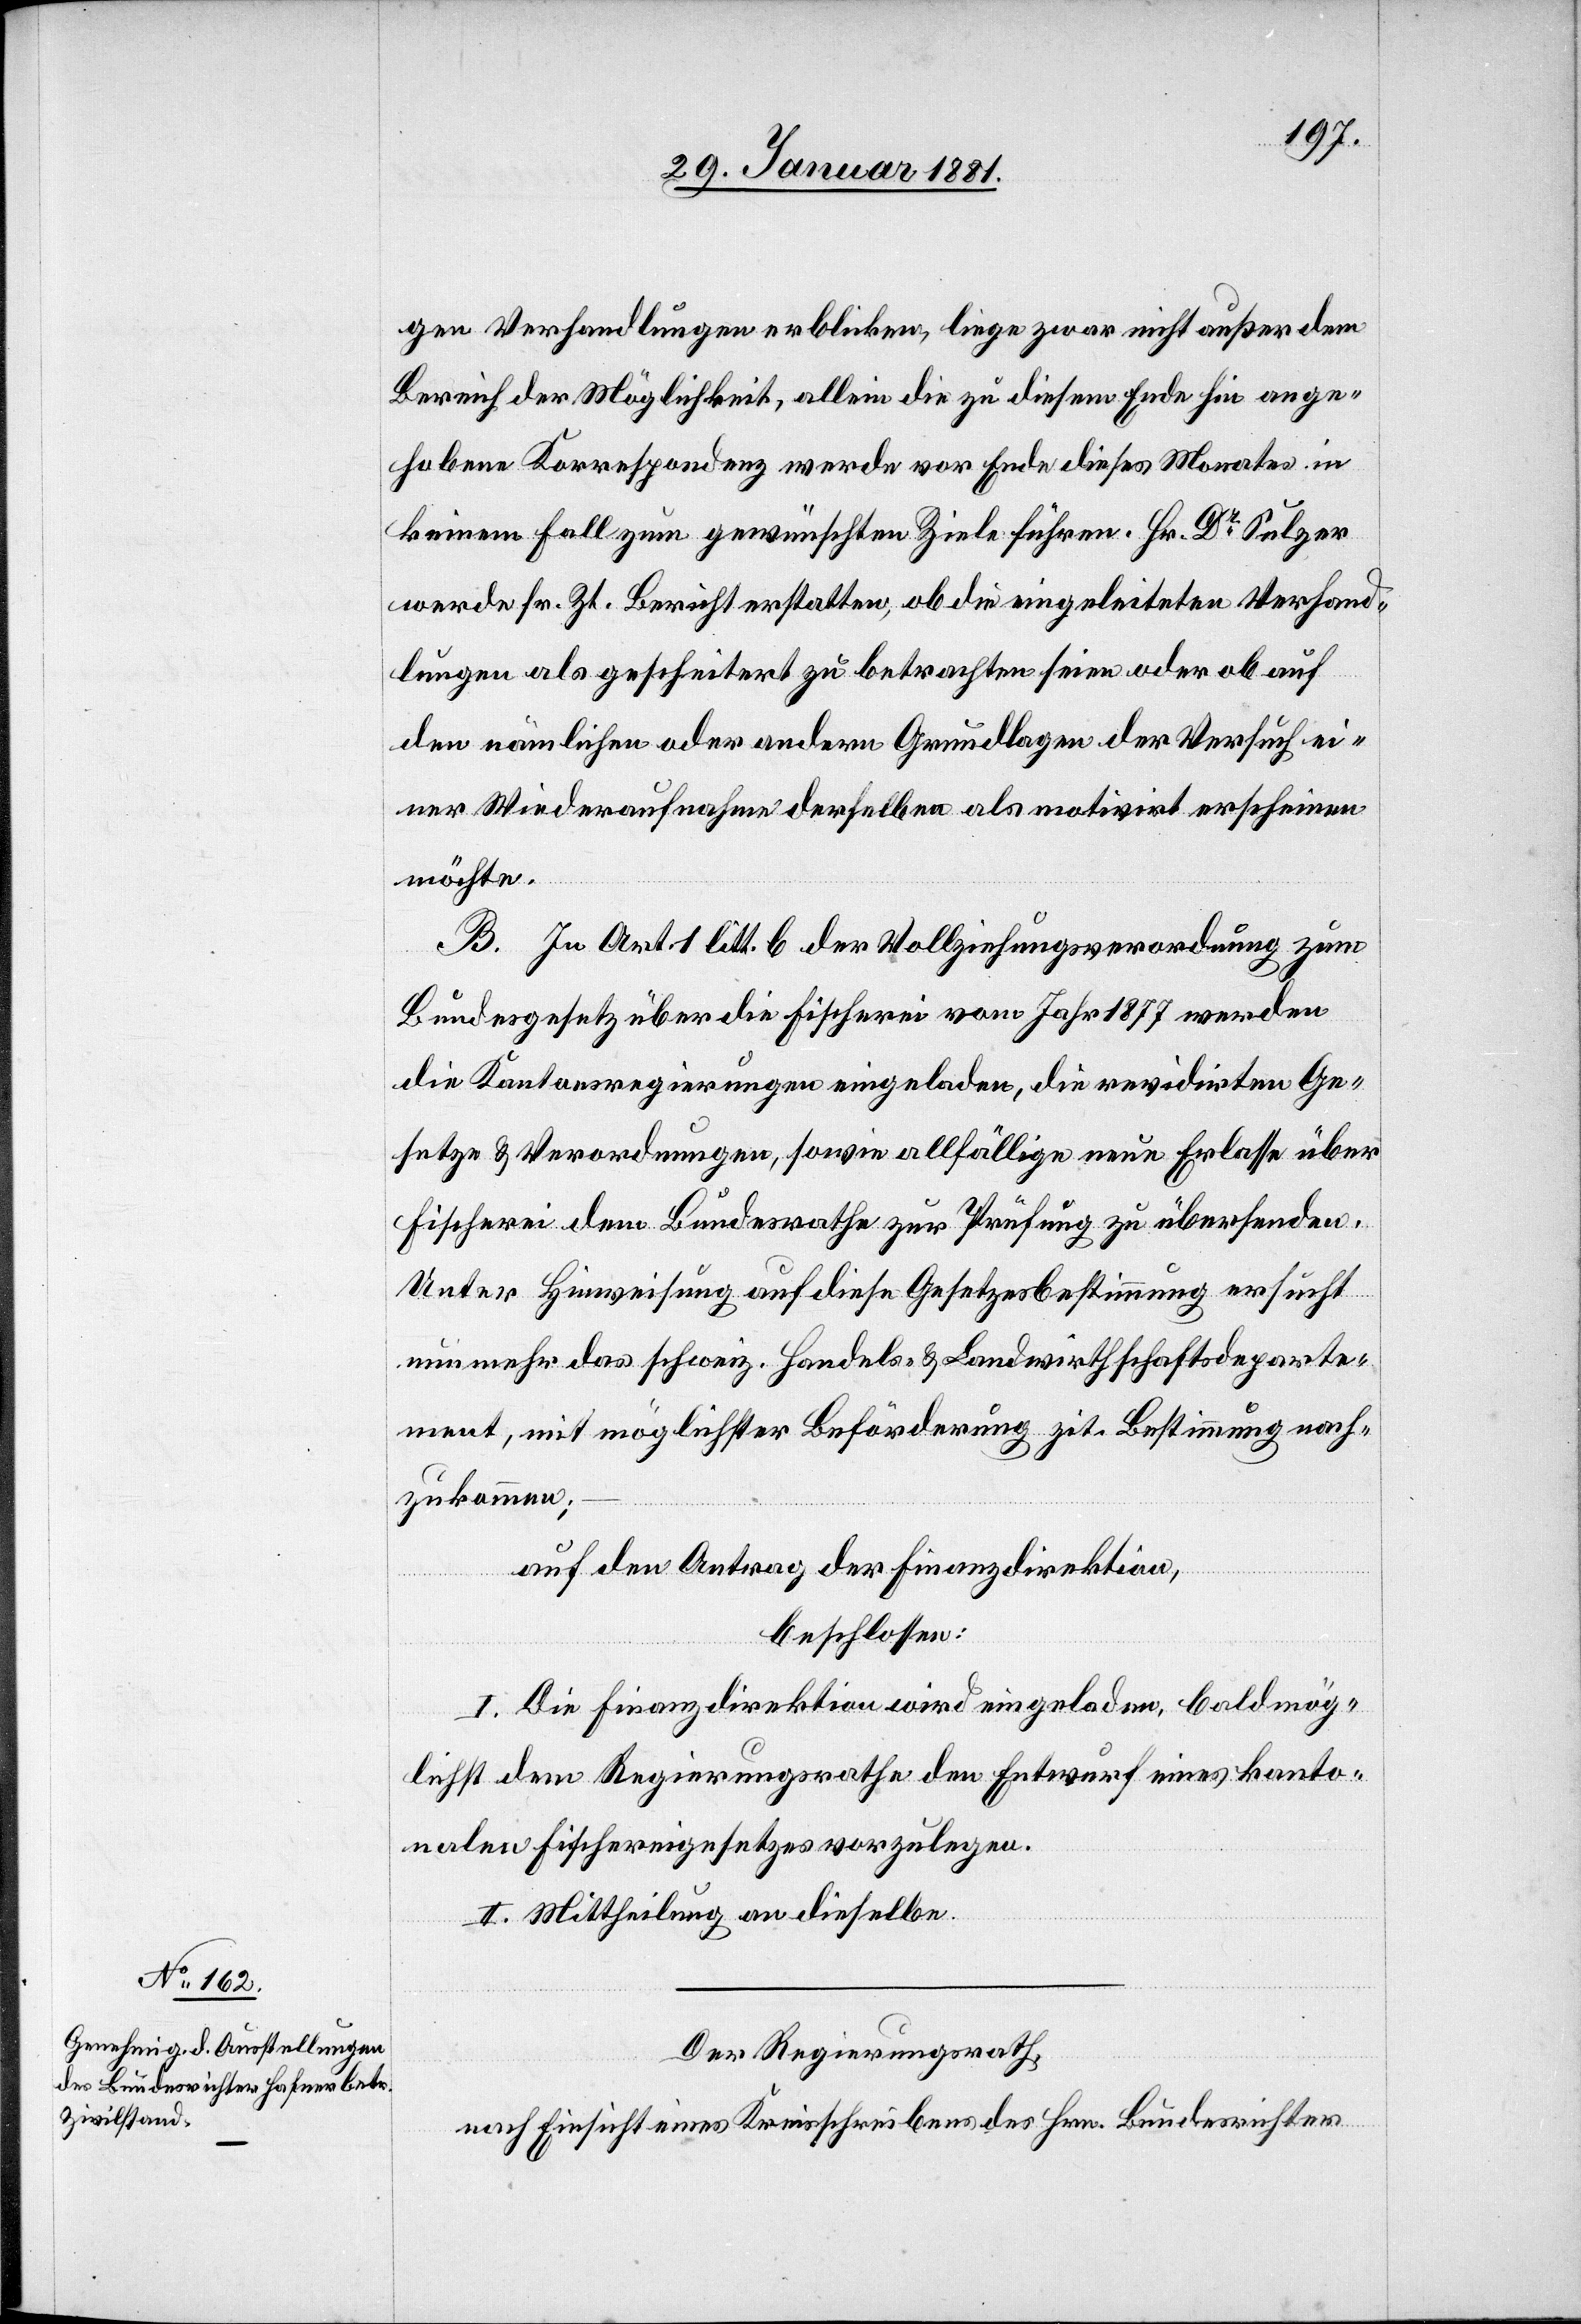
gen Verhandlungen erblicken, liege zwar nicht außer dem
Bereich der Möglichkeit, allein die zu diesem Ende hin ange¬
hobene Korrespondenz werde vor Ende dieses Monates in
keinem Fall zum gewünschten Ziele führen. Hr. Dr Sulzer
werde sr. Zt. Bericht erstatten, ob die eingeleiteten Verhand¬
lungen als gescheitert zu betrachten seien oder ob auf
den nämlichen oder andern Grundlagen der Versuch ei¬
ner Wiederaufnahme derselben als motivirt erscheinen
möchte.
B. In Art. 1 litt. v der Vollziehungsverordnung zum
Bundesgesetz über die Fischerei vom Jahr 1877 werden
die Kantonsregierungen eingeladen, die revidirten Ge¬
setze & Verordnungen, sowie allfällige neue Erlasse über
Fischerei dem Bundesrathe zur Prüfung zu übersenden.
Unter Hinweisung auf diese Gesetzesbestimmung ersucht
nunmehr das schweiz. Handles.- & Landwirthschaftsdeparte¬
ment, mit möglichster Beförderung zit. Bestimmung nach¬
zukommen;
auf den Antrag der Finanzdirektion,
beschlossen:
I. Die Finanzdirektion wird eingeladen, baldmög¬
lichst dem Regierungsrathe den Entwurf eines kanto¬
nalen Fischereigesetzes vorzulegen.
II. Mittheilung an dieselbe.
Der Regierungsrath,
nach Einsicht eines Kreisschreibens des Hrn. Bundesrichter